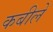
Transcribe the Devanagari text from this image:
कबीलें